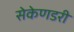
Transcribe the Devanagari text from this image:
सेकेणडरी